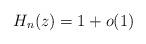
LaTeX: \begin{align*}H_n(z)= 1 +o(1)\end{align*}